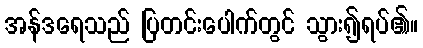
အန်ဒရေသည် ပြတင်းပေါက်တွင် သွား၍ရပ်၏။